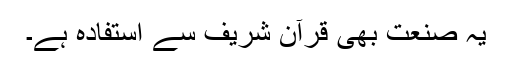
یہ صنعت بھی قرآن شریف سے استفادہ ہے۔